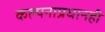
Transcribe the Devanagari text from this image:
कल्पनाप्रधानही